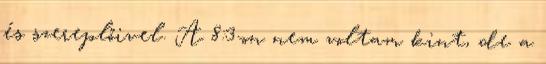
és szereplőivel. A 8:3-on nem voltam kint, de a